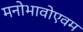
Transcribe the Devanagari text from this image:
मनोभावोएवम